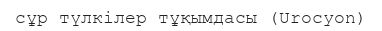
сұр түлкілер тұқымдасы (Urocyon)